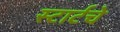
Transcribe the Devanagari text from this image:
स्टार्टचे